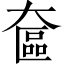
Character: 奩